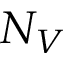
N _ { V }